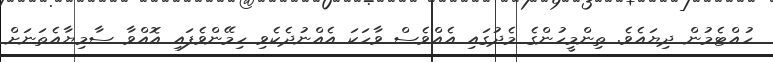
ހުއްޓެމުން ދިޔައެވެ. ތިންމީހުންގެ މެދުގައި އެއްވެސް ވާހަކަ އެއްނުދެކެވި ހިމޭންވެފައި އޮއްވާ ސާމިޔާއެތަނަށް